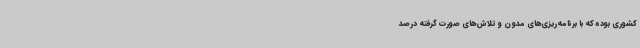
کشوری بوده که با برنامه‌ریزی‌های مدون و تلاش‌های صورت گرفته درصد